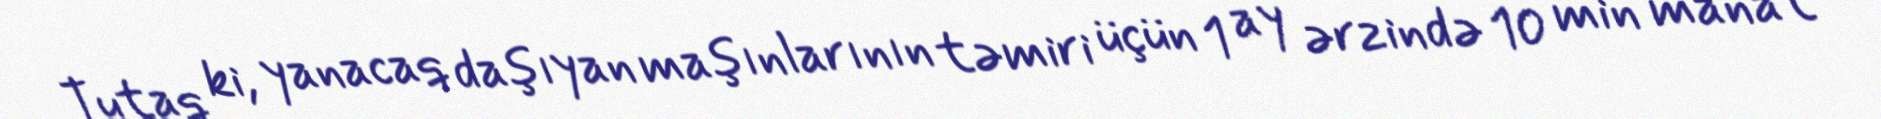
Tutaq ki, yanacaq daşıyan maşınlarının təmiri üçün 1 ay ərzində 10 min manat